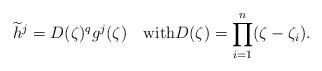
LaTeX: \begin{align*}\widetilde{h}^{j} = D(\zeta)^q g^j(\zeta)\quad\textrm{with}D(\zeta)={\prod_{i = 1}^{n}(\zeta - \zeta_{i})}.\end{align*}